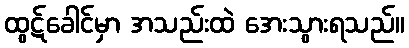
ထွဋ်ခေါင်မှာ အသည်းထဲ အေးသွားရသည်။